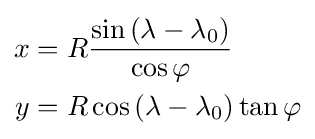
{\begin{aligned}x&=R{\frac {\sin \left(\lambda -\lambda _{0}\right)}{\cos \varphi }}\\y&=R\cos \left(\lambda -\lambda _{0}\right)\tan \varphi \end{aligned}}